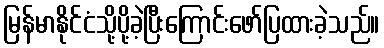
မြန်မာနိုင်ငံသို့ပို့ခဲ့ပြီးကြောင်းဖော်ပြထားခဲ့သည်။